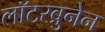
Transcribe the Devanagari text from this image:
लॉटरब्रुनेन